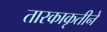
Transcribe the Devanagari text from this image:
तारकाकृतीने